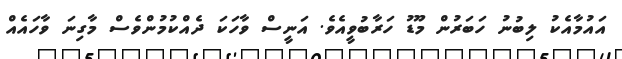
އައުމާއެކު ލިބުނު ހަބަރުން މޫޑު ހަރާބުވީއެވެ. އަނީސް ވާހަކަ ދެއްކުމުންވެސް މާގިނަ ވާހައެއް